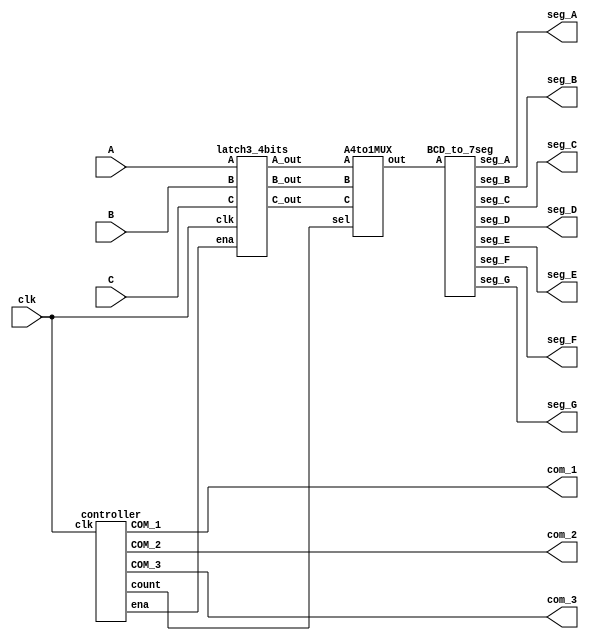
// Oregon Institute of Technology 
// Design Name: Mux Display
// Module Name: MUX_DISP
// Project Name: CST 351  Lab 1
// Target Devices: EPM2210F324C3N
// Description: displays data in buffers to display
module MUX_DISP(
input [3:0]A,B,C,
input clk,
output com_1,com_2,com_3,
output seg_A,seg_B,seg_C,seg_D,seg_E,seg_F,seg_G);
wire ena;
wire [1:0]counter;
wire [3:0]A_out,B_out,C_out,data;

controller U1 (
.clk(clk),
.COM_1(com_1),
.COM_2(com_2),
.COM_3(com_3),
.ena(ena),
.count(counter));

latch3_4bits U2 (
.A(A),
.B(B),
.C(C),
.clk(clk),
.ena(ena),
.A_out(A_out),
.B_out(B_out),
.C_out(C_out));

A4to1MUX U3 (
.A(A_out),
.B(B_out),
.C(C_out),
.sel(counter),
.out(data));

BCD_to_7seg U4 (
.A(data),
.seg_A(seg_A),
.seg_B(seg_B),
.seg_C(seg_C),
.seg_D(seg_D),
.seg_E(seg_E),
.seg_F(seg_F),
.seg_G(seg_G));


endmodule

// Oregon Institute of Technology 
// Design Name: muxdisplay
// Module Name: controller
// Project Name: CST 351  Lab 1
// Target Devices: EPM2210F324C3N
// Description: pulls collector low in sync with count
module controller(
input clk,
output [1:0] count,
output COM_1,COM_2,COM_3,ena);
counter U1 (
.clk(clk),
.count(count));
decode_cnt U2 (
.count(count),
.ena(ena),
.COM_1(COM_1),
.COM_2(COM_2),
.COM_3(COM_3));


endmodule
// Oregon Institute of Technology 
// Design Name: Muxdisplay
// Module Name: latch3_4bits
// Project Name: CST 351  Lab 1
// Target Devices: EPM2210F324C3N
// Description: latches data for the display
module latch3_4bits(
input [3:0]A,B,C,
input clk,ena,
output reg [3:0]A_out,B_out,C_out);

always @ (posedge clk)
begin
	if (!ena)
		begin
		{A_out,B_out,C_out}={A,B,C};
		end
	else
		begin
		{A_out,B_out,C_out}={A_out,B_out,C_out};
		end
end	
endmodule
// Oregon Institute of Technology 
// Design Name: Muxdisplay
// Module Name: A4to1MUX
// Project Name: CST 351  Lab 1
// Target Devices: EPM2210F324C3N
// Description: puts out a digit based on count
module A4to1MUX(
input [3:0] A,B,C,
input [1:0] sel,
output reg [3:0] out);

always @ (sel)
begin
	case(sel)
		1: out = A;
		2: out = B;
		3: out = C;
		default: out = 1'bx;
	endcase
end
endmodule
// Oregon Institute of Technology 
// Design Name: Muxdisplay
// Module Name: BCD_to_7seg
// Project Name: CST 351  Lab 1
// Target Devices: EPM2210F324C3N
// Description: decodes the key number to 7seg display
module BCD_to_7seg(
input [3:0]A,
output reg seg_A,seg_B,seg_C,seg_D,seg_E,seg_F,seg_G
);
always @ (A)
begin
	case(A)
		0: {seg_A,seg_B,seg_C,seg_D,seg_E,seg_F,seg_G}= 7'b1111110;
		1: {seg_A,seg_B,seg_C,seg_D,seg_E,seg_F,seg_G}= 7'b0110000;
		2: {seg_A,seg_B,seg_C,seg_D,seg_E,seg_F,seg_G}= 7'b1101101;
		3: {seg_A,seg_B,seg_C,seg_D,seg_E,seg_F,seg_G}= 7'b1111001;
		4: {seg_A,seg_B,seg_C,seg_D,seg_E,seg_F,seg_G}= 7'b0110011;
		5: {seg_A,seg_B,seg_C,seg_D,seg_E,seg_F,seg_G}= 7'b1011011;
		6: {seg_A,seg_B,seg_C,seg_D,seg_E,seg_F,seg_G}= 7'b1011111;
		7: {seg_A,seg_B,seg_C,seg_D,seg_E,seg_F,seg_G}= 7'b1110000;
		8: {seg_A,seg_B,seg_C,seg_D,seg_E,seg_F,seg_G}= 7'b1111111;
		9: {seg_A,seg_B,seg_C,seg_D,seg_E,seg_F,seg_G}= 7'b1110011;
		10:{seg_A,seg_B,seg_C,seg_D,seg_E,seg_F,seg_G}= 7'b1000001;
		11:{seg_A,seg_B,seg_C,seg_D,seg_E,seg_F,seg_G}= 7'b0001001;
		12:{seg_A,seg_B,seg_C,seg_D,seg_E,seg_F,seg_G}= 7'b0000001;
		13:{seg_A,seg_B,seg_C,seg_D,seg_E,seg_F,seg_G}= 7'b0110111;
		14:{seg_A,seg_B,seg_C,seg_D,seg_E,seg_F,seg_G}= 7'b1001111;
		15:{seg_A,seg_B,seg_C,seg_D,seg_E,seg_F,seg_G}= 7'b0000000;
		default: {seg_A,seg_B,seg_C,seg_D,seg_E,seg_F,seg_G}= 7'b0000000;
	endcase
end

endmodule
// Oregon Institute of Technology 
// Design Name: Muxdisplay
// Module Name: counter
// Project Name: CST 351  Lab 1
// Target Devices: EPM2210F324C3N
// Description: picks which segment to display 
module counter(
input clk,
output reg[1:0]count);
always @ (posedge clk)
begin
	case(count)
		0: count = 2'b01;
		1: count = 2'b10;
		2: count = 2'b11;
		3: count = 2'b00;
		default: count = 2'b00;
	endcase
end
endmodule 

// Oregon Institute of Technology 
// Design Name: Muxdisplay
// Module Name: decode_cnt
// Project Name: CST 351  Lab 1
// Target Devices: EPM2210F324C3N
// Description: pulls down digit based on count
module decode_cnt(
input [1:0]count,
output reg ena,
output reg COM_1,COM_2,COM_3);

always @ (count)
begin
	case(count)
		0: {COM_1,COM_2,COM_3,ena} = 4'b1110;
		1: {COM_1,COM_2,COM_3,ena} = 4'b0111;
		2: {COM_1,COM_2,COM_3,ena} = 4'b1011;
		3: {COM_1,COM_2,COM_3,ena} = 4'b1101;
		default: {COM_1,COM_2,COM_3,ena} = 4'b1111;
	endcase
end

endmodule